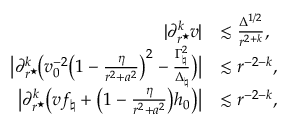
\begin{array} { r l } { | \partial _ { r ^ { \star } \! } ^ { k } v | } & { \lesssim \frac { \Delta ^ { 1 / 2 } } { r ^ { 2 + k } } , } \\ { \big | \partial _ { r ^ { \star } \! } ^ { k } \big ( v _ { 0 } ^ { - 2 } \big ( 1 - \frac { \eta } { r ^ { 2 } + a ^ { 2 } } \big ) ^ { 2 } - \frac { \Gamma _ { \natural } ^ { 2 } } { \Delta _ { \natural } } \big ) \big | } & { \lesssim r ^ { - 2 - k } , } \\ { \big | \partial _ { r ^ { \star } \! } ^ { k } \big ( v f _ { \natural } + \big ( 1 - \frac { \eta } { r ^ { 2 } + a ^ { 2 } } \big ) h _ { 0 } \big ) \big | } & { \lesssim r ^ { - 2 - k } , } \end{array}